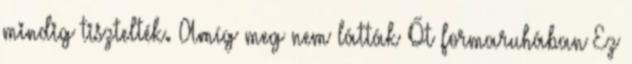
mindig tisztelték. Amíg meg nem látták Őt formaruhában Ez